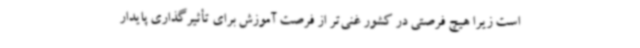
است زیرا هیچ فرصتی در کشور غنی‌تر از فرصت آموزش برای تأثیرگذاری پایدار